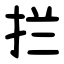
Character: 拦